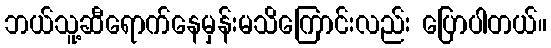
ဘယ်သူ့ဆီရောက်နေမှန်းမသိကြောင်းလည်း ပြောပါတယ်။